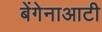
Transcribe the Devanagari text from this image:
बेंगेनाआटी